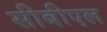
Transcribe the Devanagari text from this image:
सीबीएल